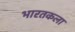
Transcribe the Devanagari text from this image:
भारतकला